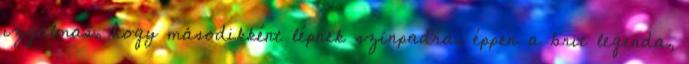
izgalmas, hogy másodikként lépnek színpadra, éppen a brit legenda,